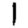
Digit: 1